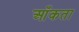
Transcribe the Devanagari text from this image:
आँकता